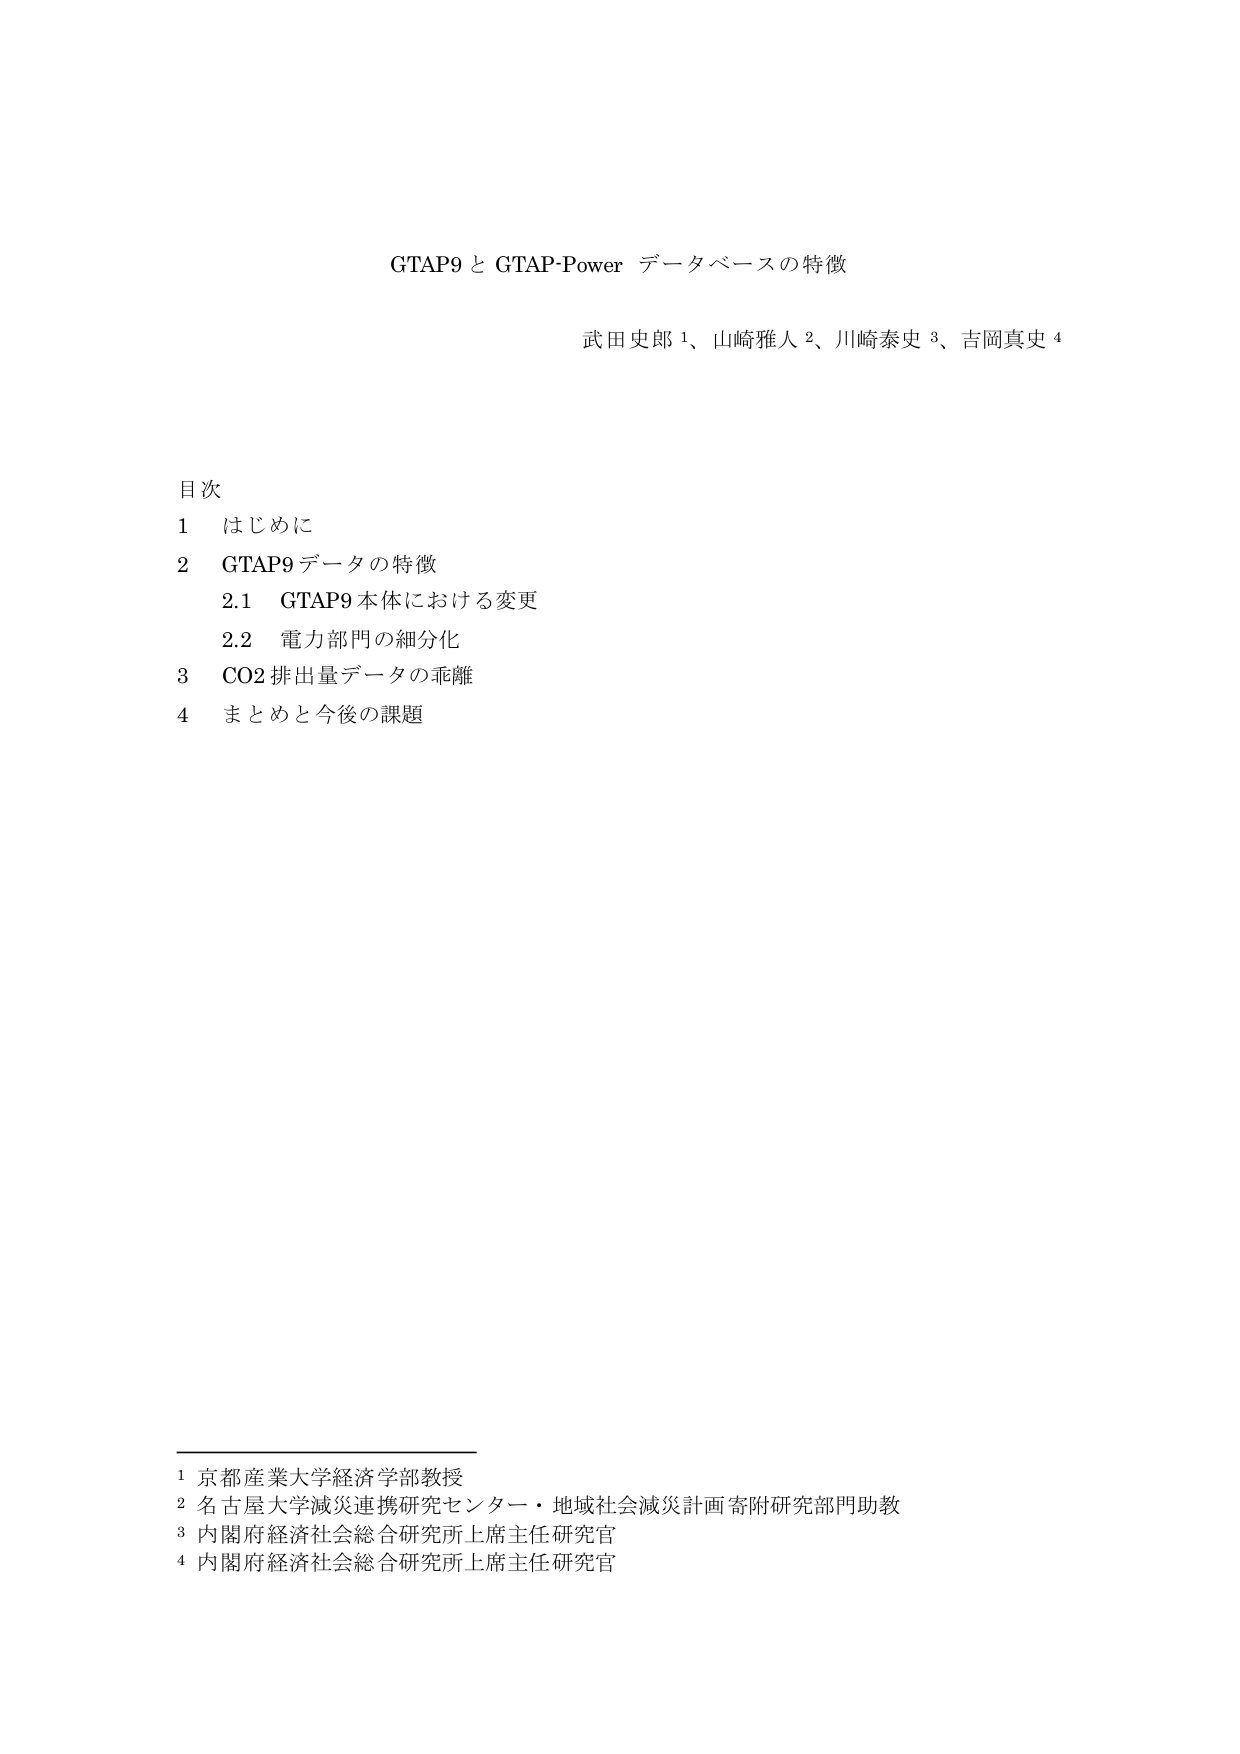
GTAP9 と GTAP-Power データベースの特徴

武田史郎 1、山崎雅人 2、川崎泰史 3、吉岡真史 4

目次
1 はじめに
2 GTAP9 データの特徴
　2.1 GTAP9 本体における変更
　2.2 電力部門の細分化
3 CO2 排出量データの乖離
4 まとめと今後の課題

1 京都産業大学経済学部教授
2 名古屋大学減災連携研究センター・地域社会減災計画寄附研究部門助教
3 内閣府経済社会総合研究所上席主任研究官
4 内閣府経済社会総合研究所上席主任研究官